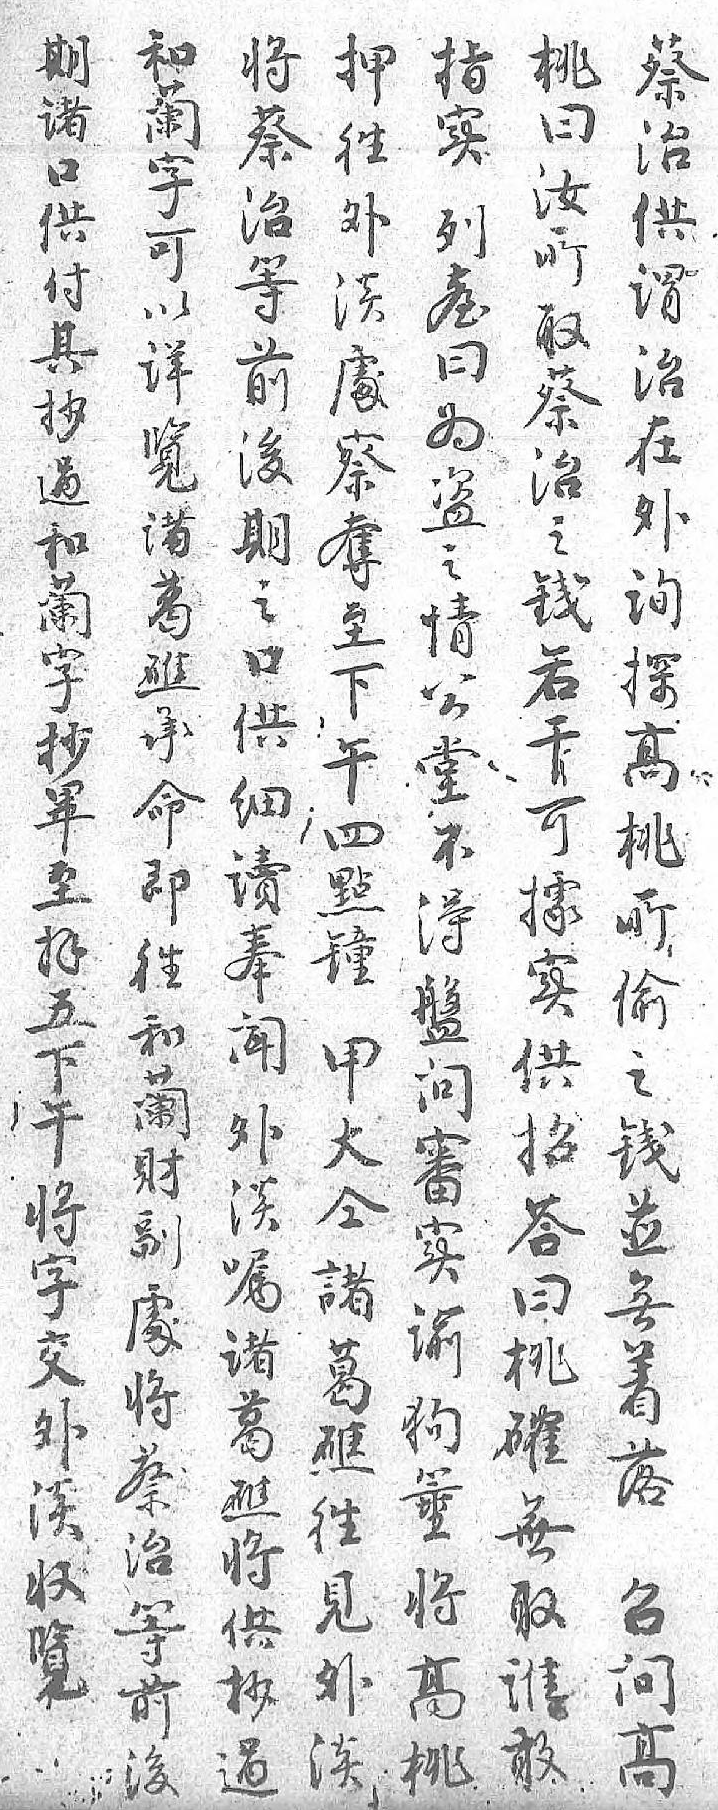
押将和桃期指蔡往蔡蘭曰诸实治外治字汝口列供淡等可所供𦤼谓䖏前以取付曰治察後详蔡其为在奪期覧治抄盗外至之诸之過之询下口葛銭和情探午供礁若蘭公髙四细承干字堂桃點讀命可抄不所鐘奉即據畢得偷甲闻往实至盤之大外和供拝问銭仝淡蘭招五審並諸嘱財荅下实無葛諸副曰午谕着礁葛䖏桃将狗落往礁将確字箠召見将蔡無交将问外供治取外髙髙淡抄等誰淡桃  過前敢收    後 覧